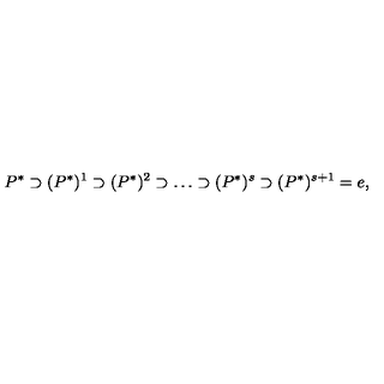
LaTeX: P ^ { * } \supset ( P ^ { * } ) ^ { 1 } \supset ( P ^ { * } ) ^ { 2 } \supset \ldots \supset ( P ^ { * } ) ^ { s } \supset ( P ^ { * } ) ^ { s + 1 } = e ,